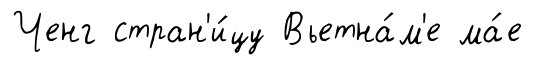
Ченг стран'и́цу Вьетна́м'е ма́е